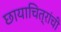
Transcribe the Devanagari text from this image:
छायाचित्रांची